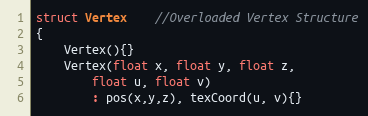
Language: C
struct Vertex	//Overloaded Vertex Structure
{
    Vertex(){}
    Vertex(float x, float y, float z,
        float u, float v)
        : pos(x,y,z), texCoord(u, v){}